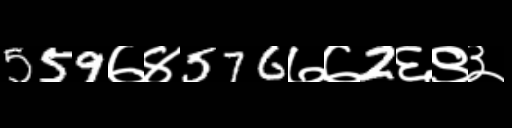
Text: 559७४576७७2६९३